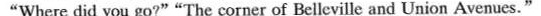
"Where did you go?" "The corner of Belleville and Union Avenues."